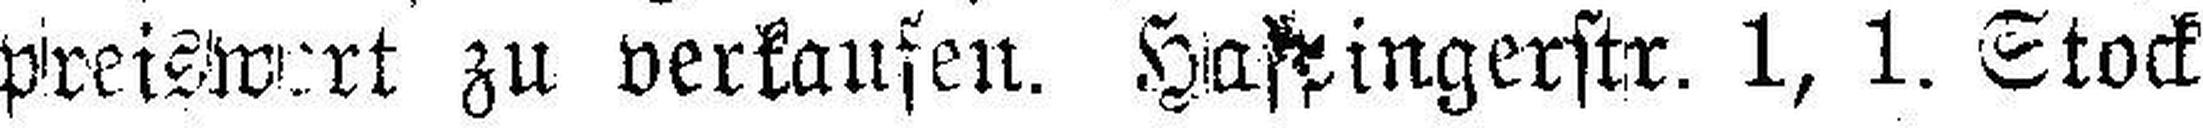
preiswert zu verkaufen. Hassingerstr. 1, 1. Stock